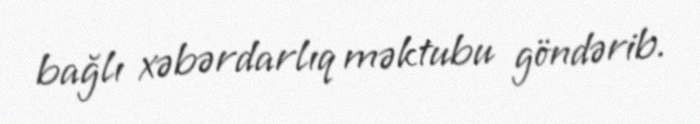
bağlı xəbərdarlıq məktubu göndərib.